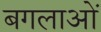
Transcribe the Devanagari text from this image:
बगलाओं